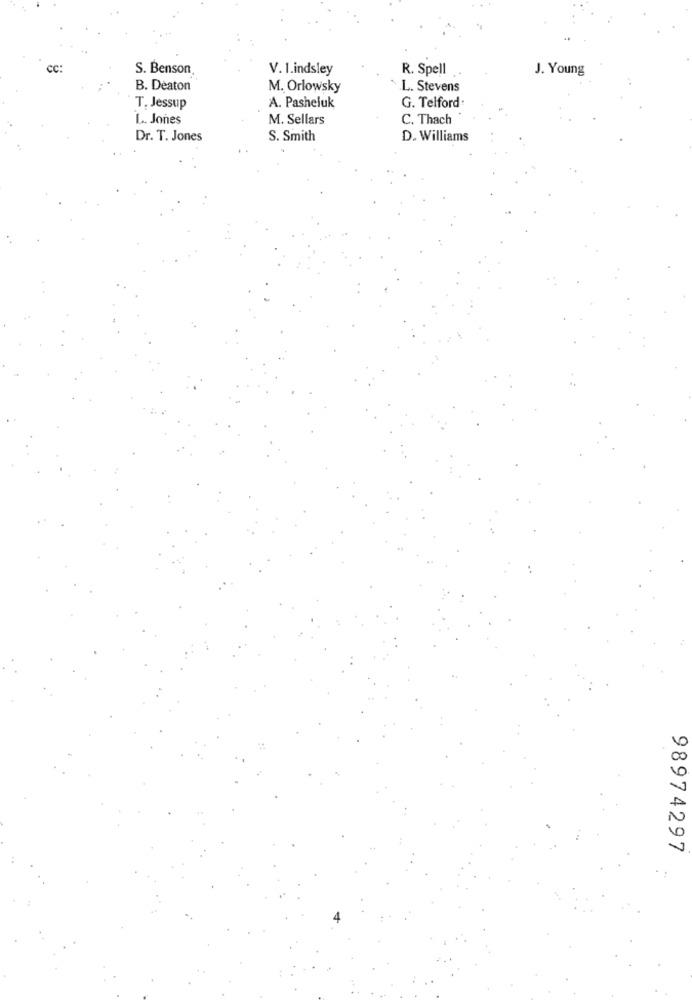
S. Benson.
V. 1.indsley
R. Spell
J. Young
B. Deaton
M. Orlowsky
L. Stevens
G. Telford:
T. Jessup
A. Pasheluk
L. Jones
M. Sellars
C. Thach
Dr. T. Jones
S. Smith
D. Williams
98974297